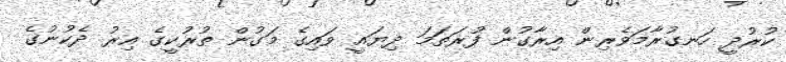
ކުރުދީ ހަނގުރާމަވެރިން އިރާގުން ފުރަތަމަ ދިޔައީ ވައިގެ މަގުން ތުރުކީގެ އިރު ދެކުނުގެ